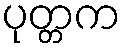
ပုတ္တက